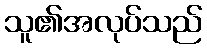
သူ၏အလုပ်သည်